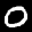
Label: 0